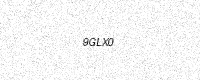
Text: 9GLX0